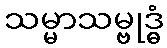
သမ္မာသမ္ဗုဒ္ဓံ